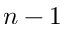
n - 1